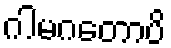
ဂါမဂတောပိ